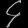
Digit: ၄